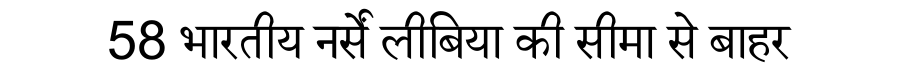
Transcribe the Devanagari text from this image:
58 भारतीय नर्सें लीबिया की सीमा से बाहर